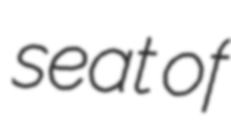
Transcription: seat of